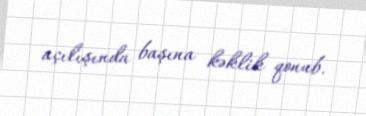
açılışında başına kəklik qonub.